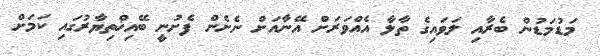
މަޑުމަޑުން ބެރާއި ލަވައިގެ ތާލާ އެއްވަރަށް އޭނާއަށް ނެށެން ފެށުނީ ބޭއިޚްތިޔާރުގައި ކަމަށް